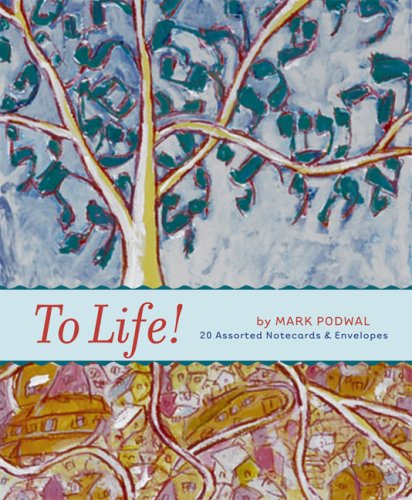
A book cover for To Life!: Notecards; Mark Podwal; Religion & Spirituality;